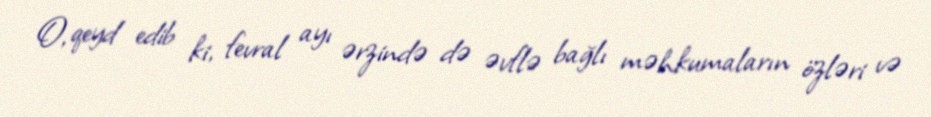
O, qeyd edib ki, fevral ayı ərzində də əvflə bağlı məhkumaların özləri və